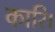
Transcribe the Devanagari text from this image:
कारि।